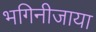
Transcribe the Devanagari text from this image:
भगिनीजाया